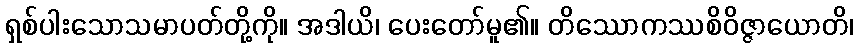
ရှစ်ပါးသောသမာပတ်တို့ကို။ အဒါယိ၊ ပေးတော်မူ၏။ တိဿောကဿစိဝိဇ္ဇာယောတိ၊